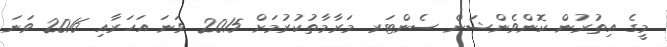
މީގެ އިތުރުން ކޮންވެންޝަން ސެންޓަރ މަރާމާތުކުރުމަށް 2015 ވަނަ އަހަރާއި 2016 ވަނަ